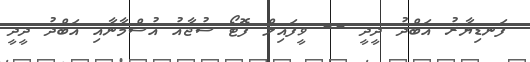
ފަނޑިޔާރު އަބްދު ދީދީ -- ވީފައިލް ފޮޓޯ ސުޖާއު އުސްމާނާއި އަބްދު ދީދީ